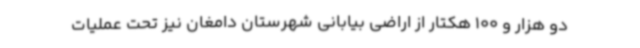
دو هزار و 100 هکتار از اراضی بیابانی شهرستان دامغان نیز تحت عملیات